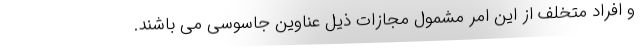
و افراد متخلف از این امر مشمول مجازات ذیل عناوین جاسوسی می باشند.